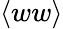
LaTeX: \left<ww\right>